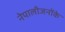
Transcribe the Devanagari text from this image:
नेपालीजनोंके